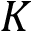
K